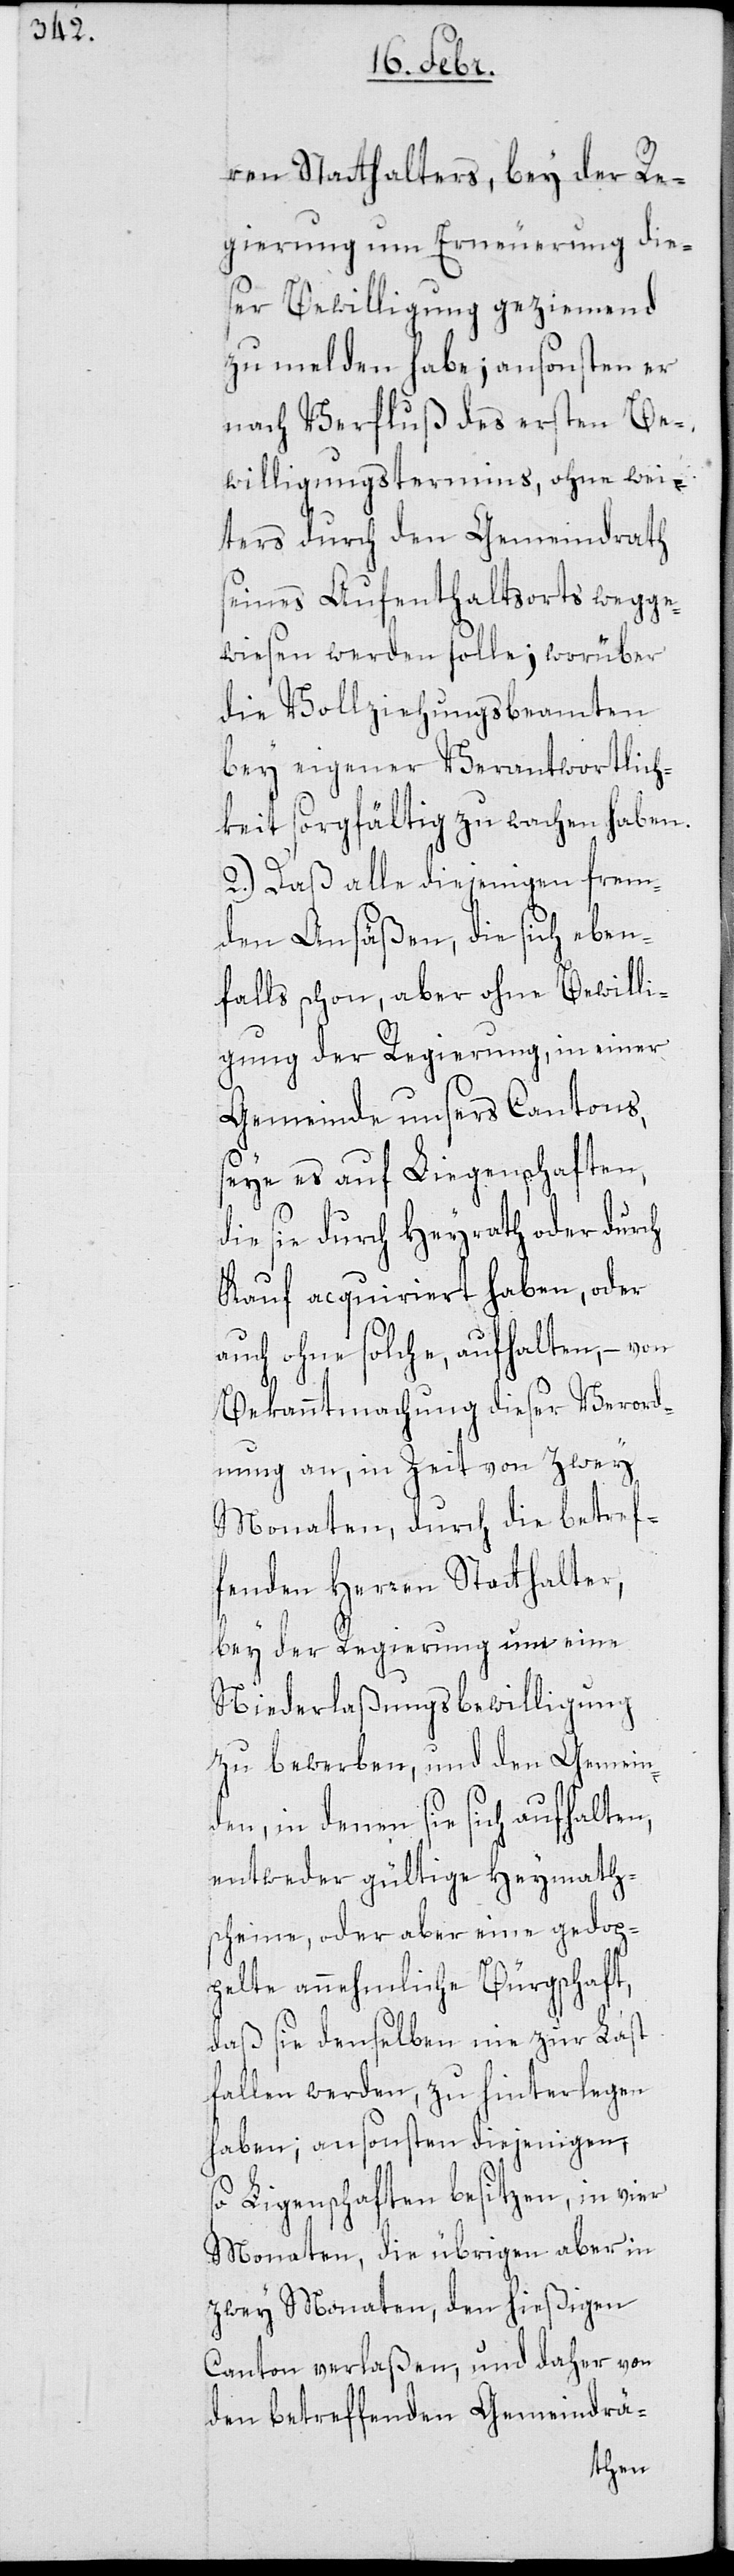
ren Statthalters, bey der Re¬
gierung um Erneuerung die¬
ser Bewilligung geziemend
zu melden habe; ansonsten er
nach Verfluß des ersten Be¬
willigungstermins, ohne wei¬
ters durch den Gemeindrath
seines Aufenthaltsorts wegge¬
wiesen werden solle; worüber
die Vollziehungsbeamten
bey eigener Verantwortlich¬
keit sorgfältig zu wachen haben.
2.) Daß alle diejenigen frem¬
den Ansäßen, die sich eben¬
falls schon, aber ohne Bewilli¬
gung der Regierung, in einer
Gemeinde unsers Cantons,
seye es auf Liegenschaften,
die sie durch Heyrath oder durch
Kauf acquiriert haben, oder
auch ohne solche, aufhalten, – von
Bekanntmachung dieser Verord¬
nung an, in Zeit von zwey
Monaten, durch die betref¬
fenden Herren Statthalter,
bey der Regierung um eine
Niederlaßungsbewilligung
zu bewerben, und den Gemein¬
den, in denen sie sich aufhalten,
entweder gültige Heymaths¬
cheine, oder aber eine gedop¬
pelte annehmliche Bürgschaft,
daß sie denselben nie zur Last
fallen werden zu hinterlegen
haben; ansonsten diejenigen,
so Ligenschaften besitzen, in vier
Monaten, die übrigen aber in
zwey Monaten den hießigen
Canton verlaßen, und daher von
den betreffenden Gemeindrä-